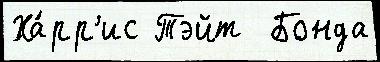
Ха́рр'ис Тэйт  Бонда